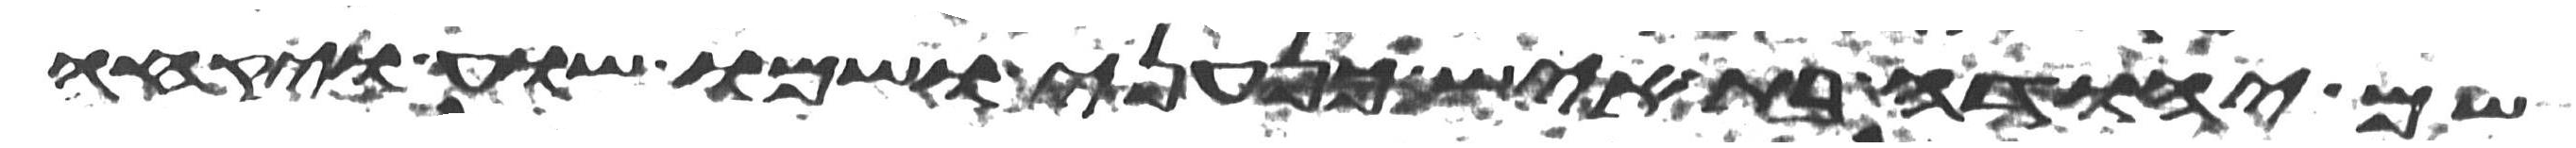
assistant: שם יהודה בת איש כנעני ושמו שוע ויקחה